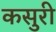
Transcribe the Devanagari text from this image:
कसुरी